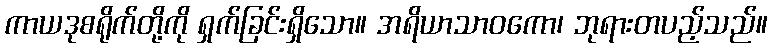
ကာယဒုစရိုက်တို့ကို ရှက်ခြင်းရှိသော။ အရိယာသာဝကော၊ ဘုရားတပည့်သည်။